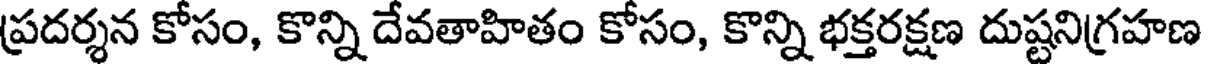
ప్రదర్శన కోసం, కొన్ని దేవతాహితం కోసం, కొన్ని భక్తరక్షణ దుష్టనిగ్రహణ